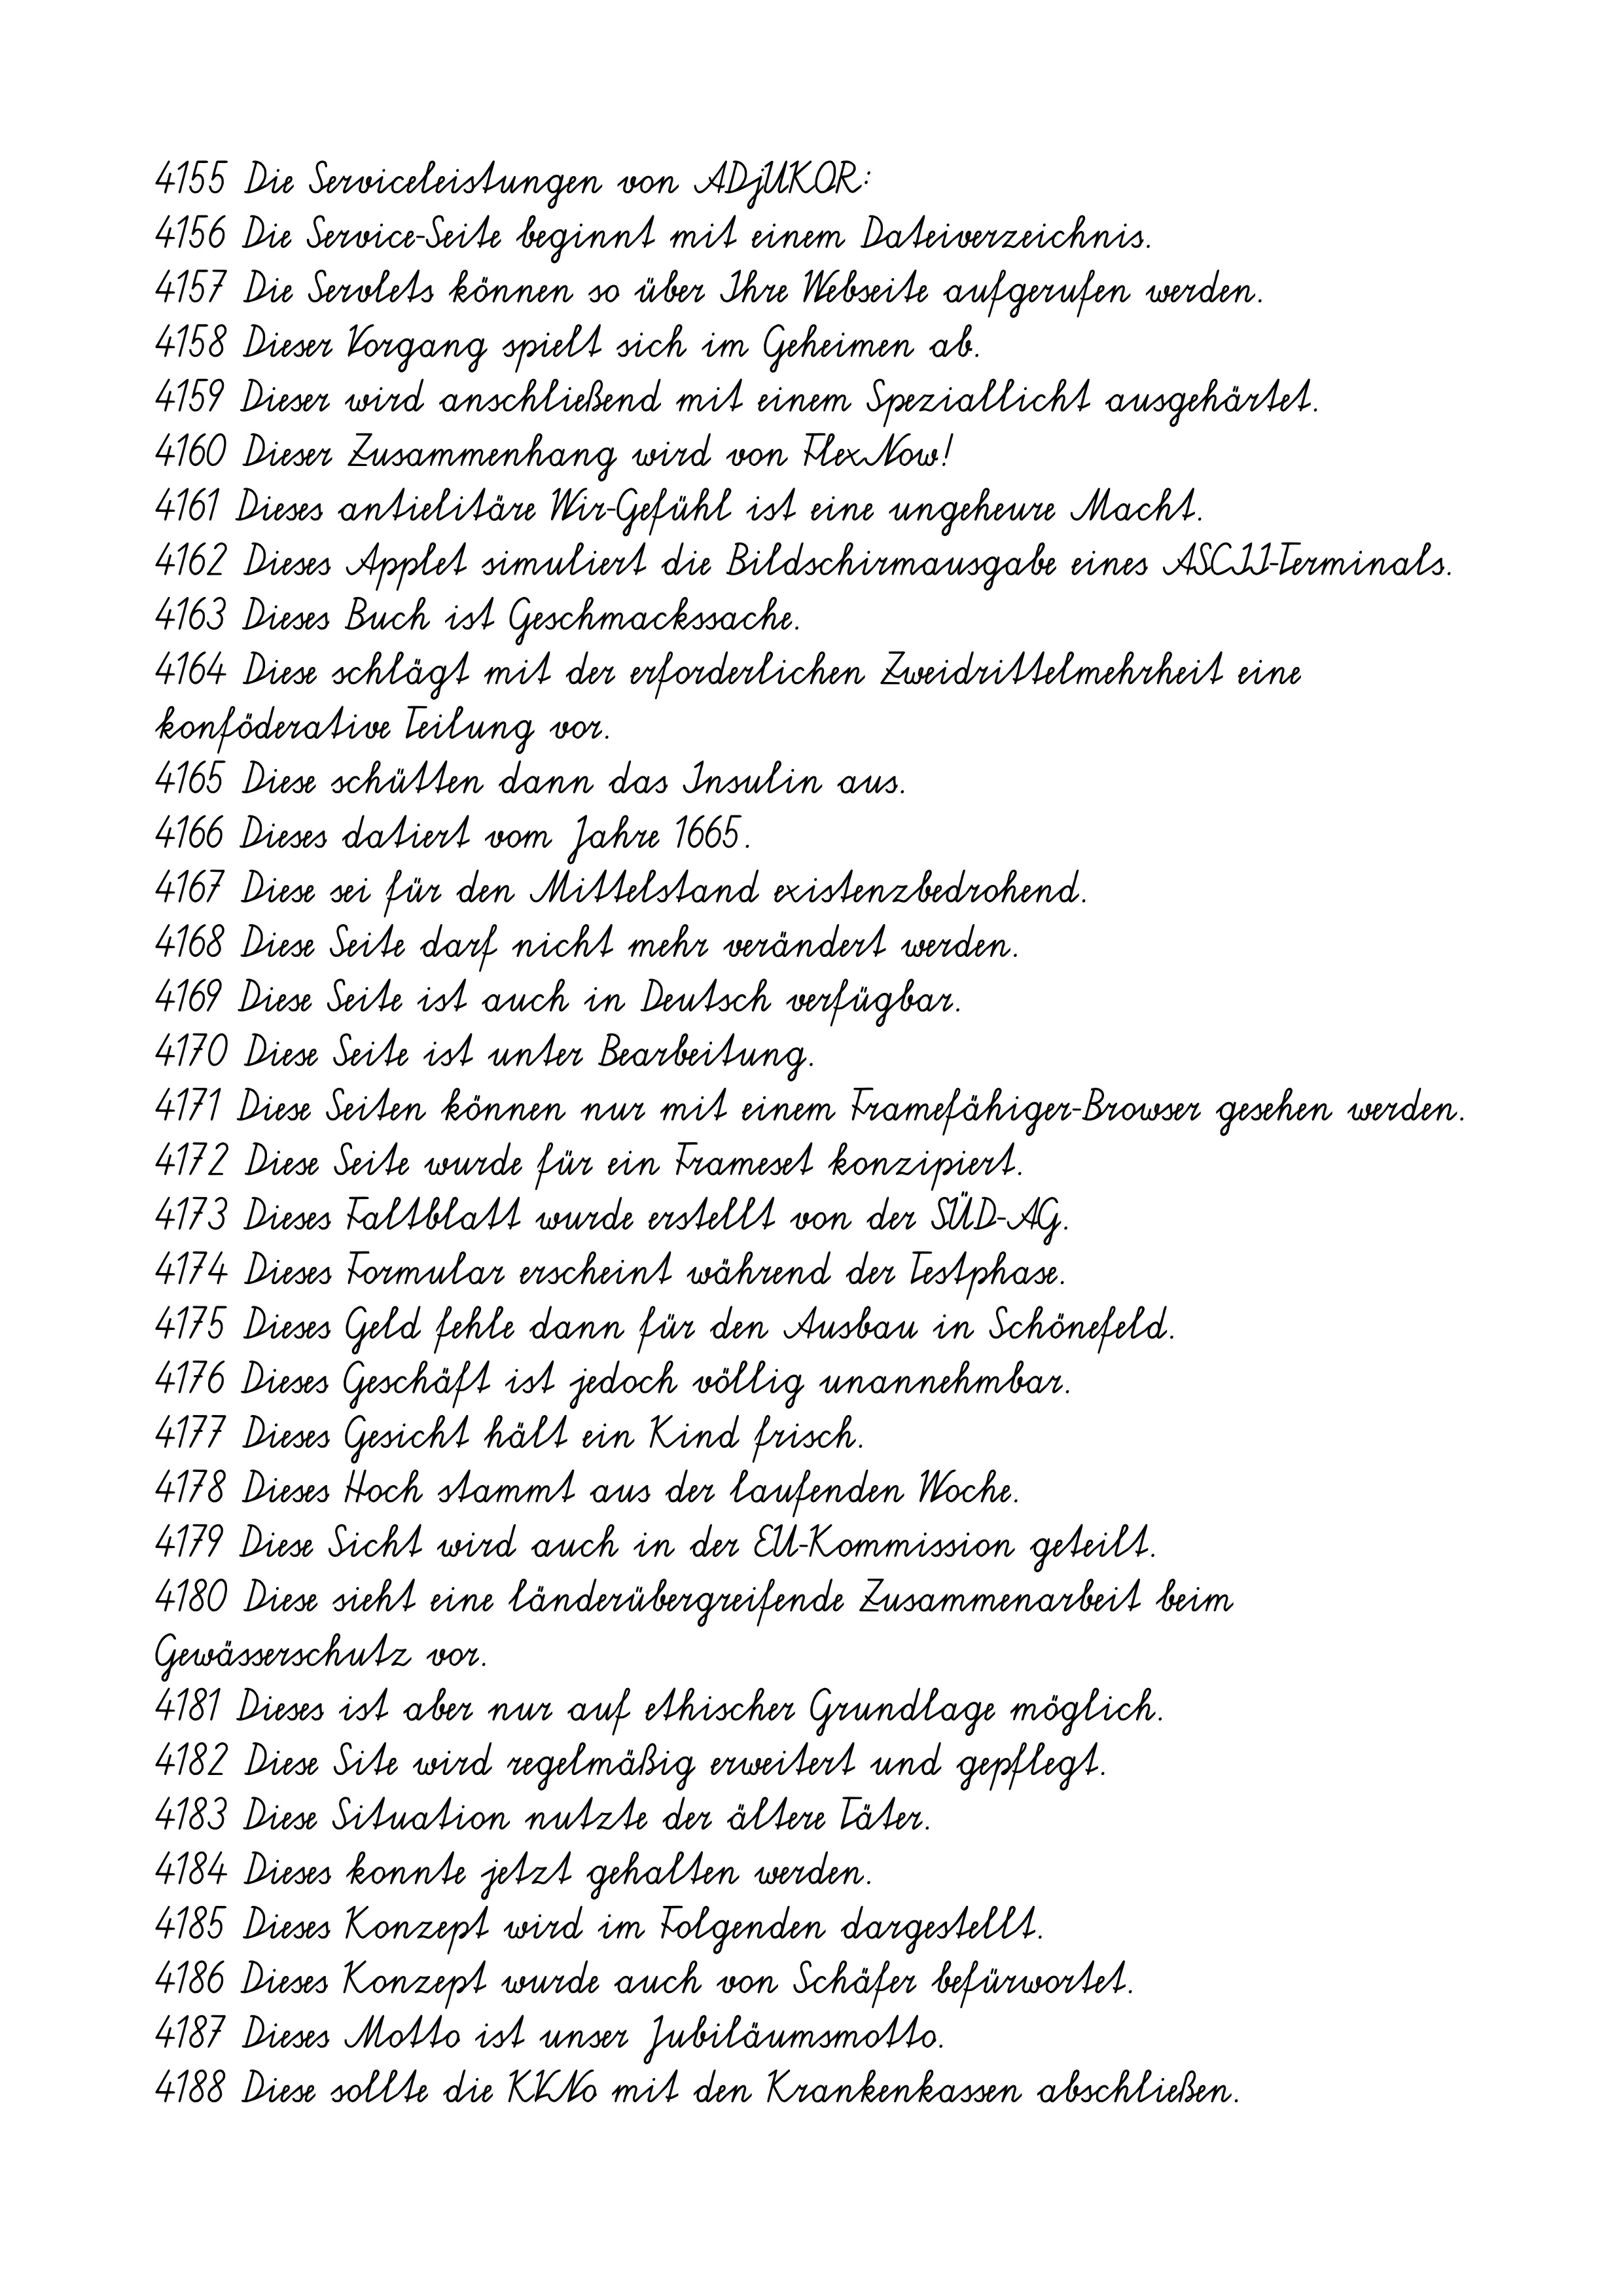
4155 Die Serviceleistungen von ADjUKOR:
4156 Die Service-Seite beginnt mit einem Dateiverzeichnis.
4157 Die Servlets können so über Ihre Webseite aufgerufen werden.
4158 Dieser Vorgang spielt sich im Geheimen ab.
4159 Dieser wird anschließend mit einem Speziallicht ausgehärtet.
4160 Dieser Zusammenhang wird von FlexNow!
4161 Dieses antielitäre Wir-Gefühl ist eine ungeheure Macht.
4162 Dieses Applet simuliert die Bildschirmausgabe eines ASCII-Terminals.
4163 Dieses Buch ist Geschmackssache.
4164 Diese schlägt mit der erforderlichen Zweidrittelmehrheit eine
konföderative Teilung vor.
4165 Diese schütten dann das Insulin aus.
4166 Dieses datiert vom Jahre 1665.
4167 Diese sei für den Mittelstand existenzbedrohend.
4168 Diese Seite darf nicht mehr verändert werden.
4169 Diese Seite ist auch in Deutsch verfügbar.
4170 Diese Seite ist unter Bearbeitung.
4171 Diese Seiten können nur mit einem Framefähiger-Browser gesehen werden.
4172 Diese Seite wurde für ein Frameset konzipiert.
4173 Dieses Faltblatt wurde erstellt von der SÜD-AG.
4174 Dieses Formular erscheint während der Testphase.
4175 Dieses Geld fehle dann für den Ausbau in Schönefeld.
4176 Dieses Geschäft ist jedoch völlig unannehmbar.
4177 Dieses Gesicht hält ein Kind frisch.
4178 Dieses Hoch stammt aus der laufenden Woche.
4179 Diese Sicht wird auch in der EU-Kommission geteilt.
4180 Diese sieht eine länderübergreifende Zusammenarbeit beim
Gewässerschutz vor.
4181 Dieses ist aber nur auf ethischer Grundlage möglich.
4182 Diese Site wird regelmäßig erweitert und gepflegt.
4183 Diese Situation nutzte der ältere Täter.
4184 Dieses konnte jetzt gehalten werden.
4185 Dieses Konzept wird im Folgenden dargestellt.
4186 Dieses Konzept wurde auch von Schäfer befürwortet.
4187 Dieses Motto ist unser Jubiläumsmotto.
4188 Diese sollte die KVNo mit den Krankenkassen abschließen.